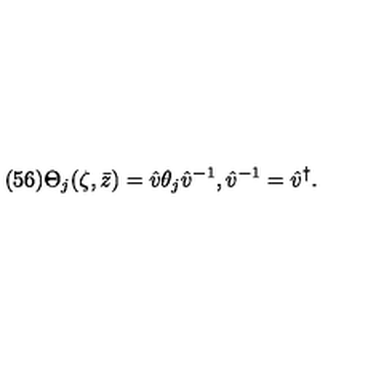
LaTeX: ( 5 6 ) \Theta _ { j } ( \zeta , \bar { z } ) = \hat { v } \theta _ { j } \hat { v } ^ { - 1 } , \hat { v } ^ { - 1 } = \hat { v } ^ { \dagger } .